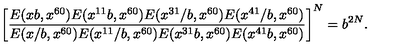
\left[ \frac { E ( x b , x ^ { 6 0 } ) E ( x ^ { 1 1 } b , x ^ { 6 0 } ) E ( x ^ { 3 1 } / b , x ^ { 6 0 } ) E ( x ^ { 4 1 } / b , x ^ { 6 0 } ) } { E ( x / b , x ^ { 6 0 } ) E ( x ^ { 1 1 } / b , x ^ { 6 0 } ) E ( x ^ { 3 1 } b , x ^ { 6 0 } ) E ( x ^ { 4 1 } b , x ^ { 6 0 } ) } \right] ^ { N } = b ^ { 2 N } .